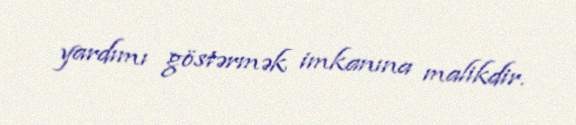
yardımı göstərmək imkanına malikdir.